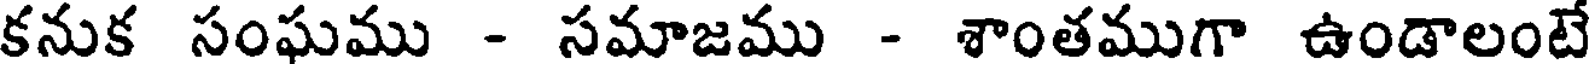
కనుక సంఘము - సమాజము - శాంతముగా ఉండాలంటే